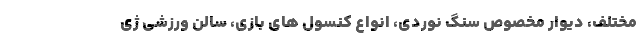
مختلف، دیوار مخصوص سنگ نوردی، انواع کنسول های بازی، سالن ورزشی ژی